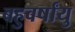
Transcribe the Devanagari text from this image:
बहुवर्षांयु